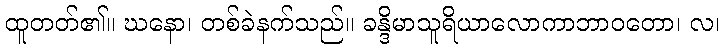
ထူတတ်၏။ ဃနော၊ တစ်ခဲနက်သည်။ ခန္ဒိမာသူရိယာလောကာဘာဝတော၊ လ၊